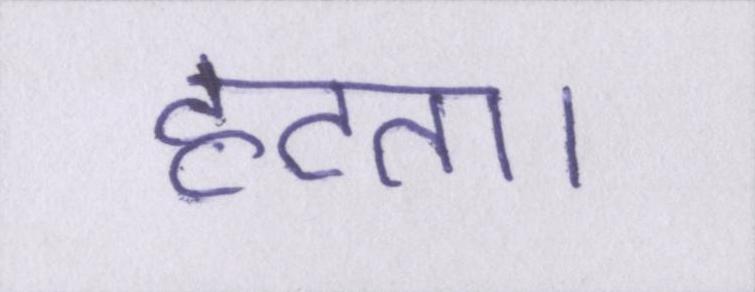
हटता।